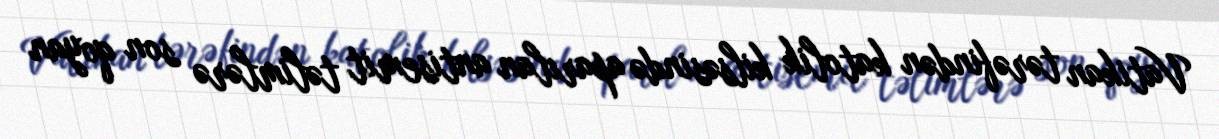
Vatikan tərəfindən katolik kilsəsində aparılan antisemit təlimlərə son qoyan